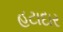
હટાદાર